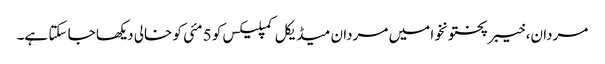
مردان، خیبرپختونخوا میں مردان میڈیکل کمپلیکس کو 5 مئی کو خالی دیکھا جا سکتا ہے۔